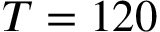
T = 1 2 0